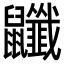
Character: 𪖎